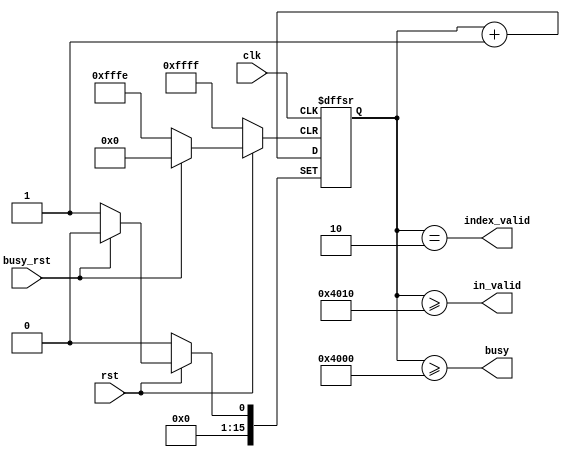
`timescale 1ns/10ps
module count16384(busy,in_valid, clk, busy_rst,rst,index_valid);
input clk, busy_rst,rst;
output busy,in_valid,index_valid;
reg [15:0] count;

	always @(posedge clk or negedge busy_rst or negedge rst)
begin
	if(!rst)
	begin
		count <= 16'b0;
	end
    else if(!busy_rst)
    begin
        count <= 16'b1;
    end
	else
	begin
		count <= count +1;
	end
end
assign  index_valid = (count == 2);
assign  busy = (count >= 16384);
assign  in_valid = (count >= 16400); //16 clk after busy

endmodule